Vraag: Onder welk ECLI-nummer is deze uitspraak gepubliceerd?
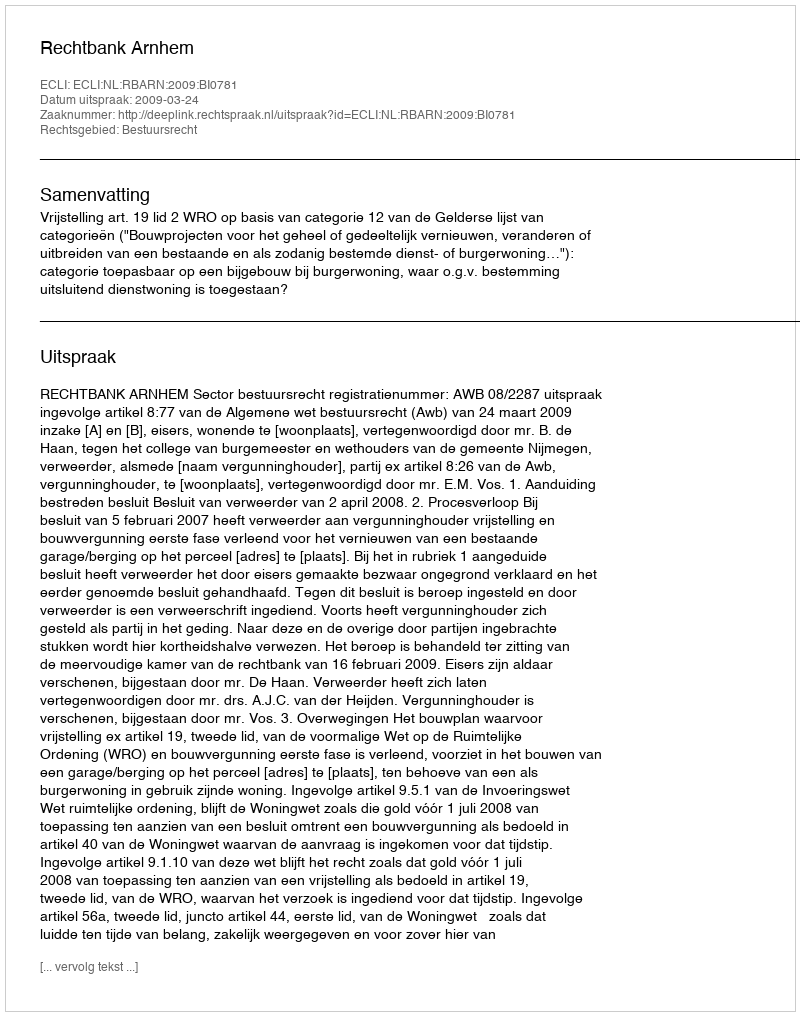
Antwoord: ECLI:NL:RBARN:2009:BI0781